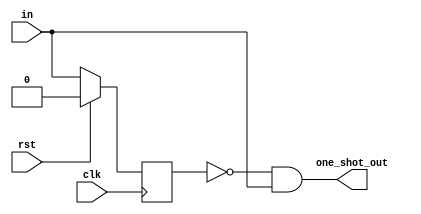
module rising_edge_detect(
    input clk,
    input rst,
    input in,
    output one_shot_out);
reg in_reg;
always@(posedge clk)begin
   if(rst)begin
      in_reg <= 1'b0;
   end else begin
      in_reg <= in;
   end
end
assign one_shot_out = ~in_reg & in;
endmodule